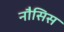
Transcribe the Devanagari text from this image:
नौसिस